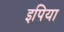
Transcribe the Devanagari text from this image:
इपिया